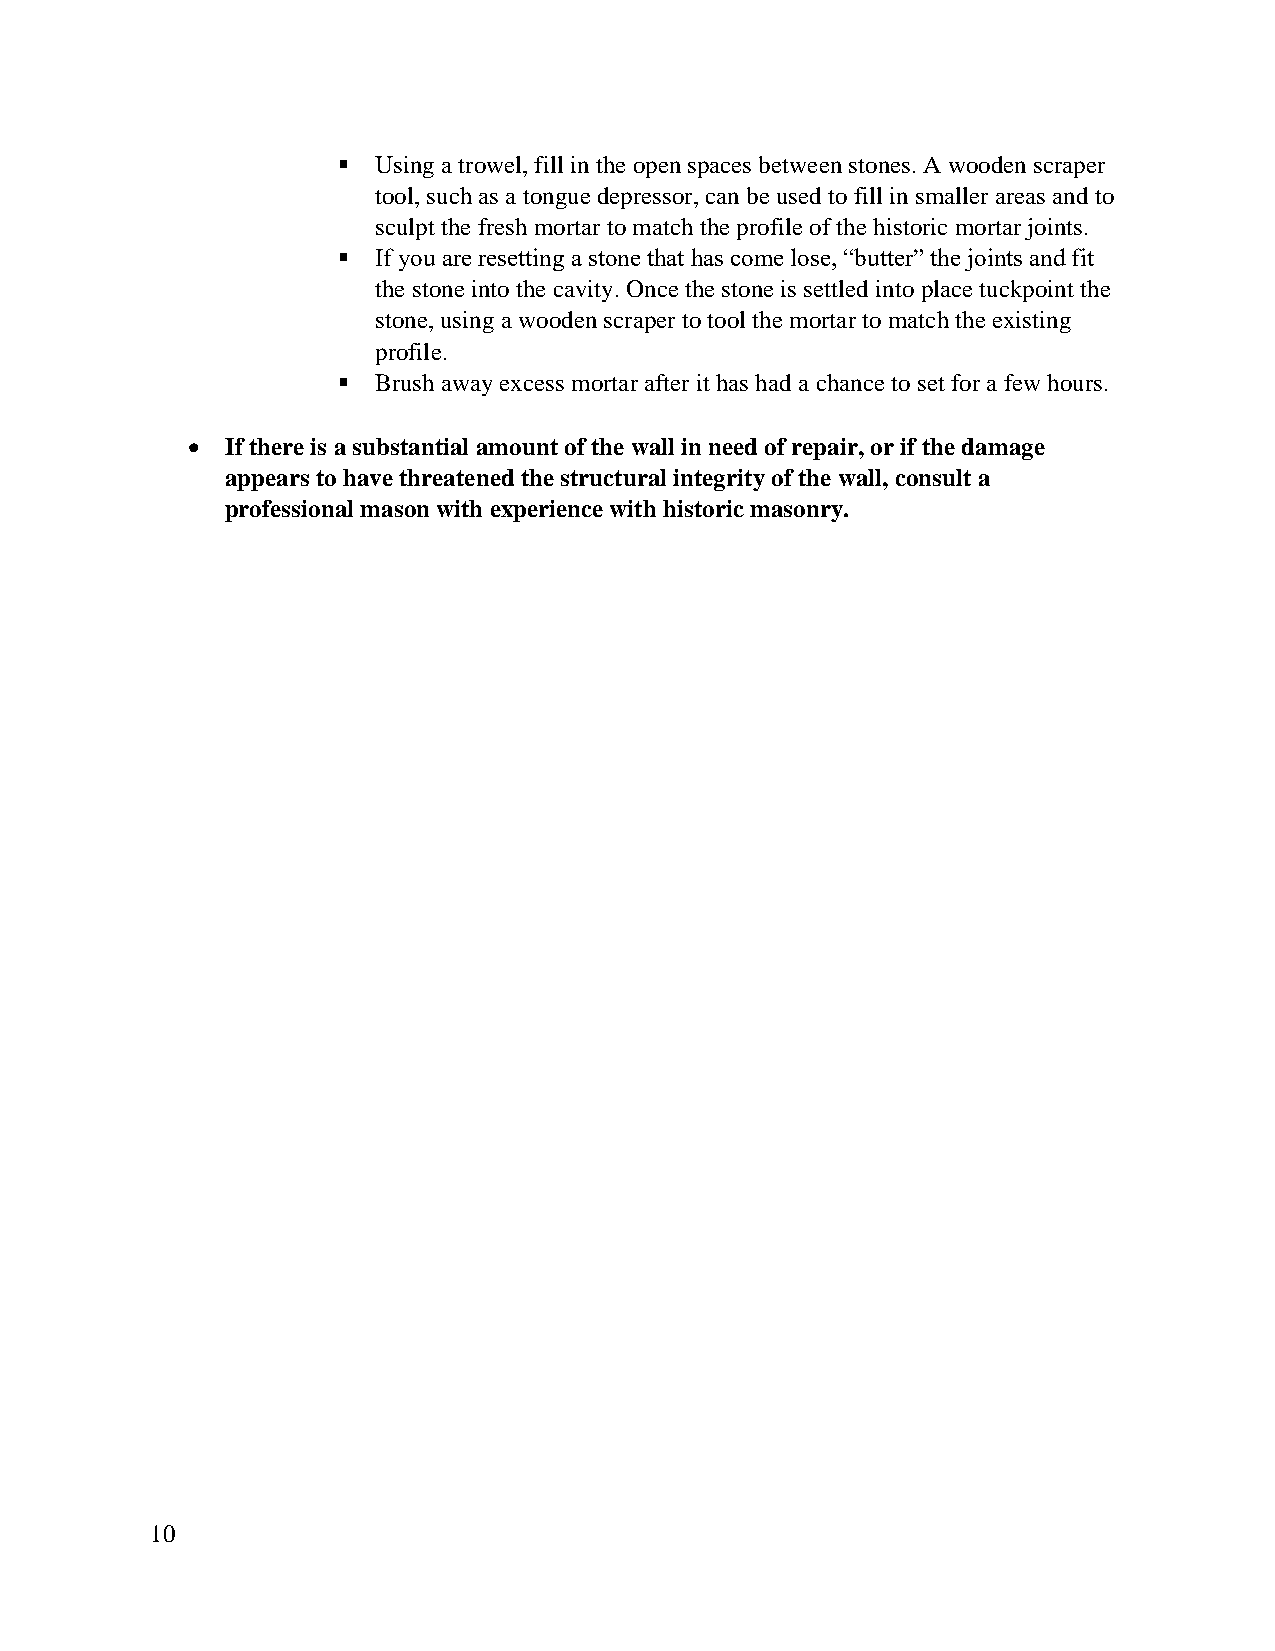
▪  Using a trowel, fill in the open spaces between stones. A wooden scraper
 tool, such as a tongue depressor, can be used to fill in smaller areas and to
 sculpt the fresh mortar to match the profile of the historic mortar joints.
 ▪  If you are resetting a stone that has come lose, “butter” the joints and fit
 the stone into the cavity. Once the stone is settled into place tuckpoint the
 stone, using a wooden scraper to tool the mortar to match the existing
 profile.
 ▪  Brush away excess mortar after it has had a chance to set for a few hours.
 •  If there is a substantial amount of the wall in need of repair, or if the damage
 appears to have threatened the structural integrity of the wall, consult a
 professional mason with experience with historic masonry.
 10